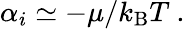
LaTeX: \alpha_{i}\simeq-\mu/k_{\mathrm{{B}}}T\ .